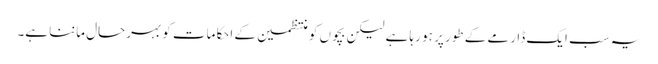
یہ سب ایک ڈارمے کے طور پر ہو رہا ہے لیکن بچوں کو منتظمین کے احکامات کو بہرحال ماننا ہے۔